Rangoon Lunatic Asylum 1893-1897 - 1893-1897
Year: 1893
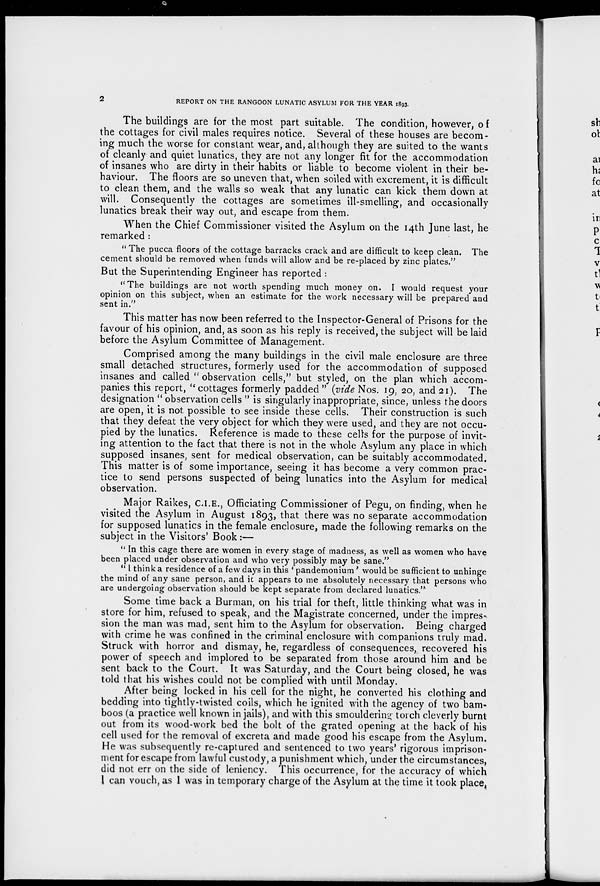
2
REPORT ON THE RANGOON LUNATIC ASYLUM FOR THE YEAR 1893.
The buildings are for the most part suitable. The condition, however, of
the cottages for civil males requires notice. Several of these houses are becom-
ing much the worse for constant wear, and, although they are suited to the wants
of cleanly and quiet lunatics, they are not any longer fit for the accommodation
of insanes who are dirty in their habits or liable to become violent in their be-
haviour. The floors are so uneven that, when soiled with excrement, it is difficult
to clean them, and the walls so weak that any lunatic can kick them down at
will. Consequently the cottages are sometimes ill-smelling, and occasionally
lunatics break their way out, and escape from them.
When the Chief Commissioner visited the Asylum on the 14th June last, he
remarked :
" The pucca floors of the cottage barracks crack and are difficult to keep clean. The
cement should be removed when funds will allow and be re-placed by zinc plates."
But the Superintending Engineer has reported :
"The buildings are not worth spending much money on. I would request your
opinion on this subject, when an estimate for the work necessary will be prepared and
sent in."
This matter has now been referred to the Inspector-General of Prisons for the
favour of his opinion, and, as soon as his reply is received, the subject will be laid
before the Asylum Committee of Management.
Comprised among the many buildings in the civil male enclosure are three
small detached structures, formerly used for the accommodation of supposed
insanes and called " observation cells," but styled, on the plan which accom-
panies this report, " cottages formerly padded" (vide Nos. 19, 20, and 21). The
designation " observation cells " is singularly inappropriate, since, unless the doors
are open, it is not possible to see inside these cells. Their construction is such
that they defeat the very object for which they were used, and they are not occu-
pied by the lunatics. Reference is made to these cells for the purpose of invit-
ing attention to the fact that there is not in the whole Asylum any place in which
supposed insanes, sent for medical observation, can be suitably accommodated.
This matter is of some importance, seeing it has become a very common prac-
tice to send persons suspected of being lunatics into the Asylum for medical
observation.
Major Raikes, C.I.E., Officiating Commissioner of Pegu, on finding, when he
visited the Asylum in August 1893, that there was no separate accommodation
for supposed lunatics in the female enclosure, made the following remarks on the
subject in the Visitors' Book:—
" In this cage there are women in every stage of madness, as well as women who have
been placed under observation and who very possibly may be sane."
" I think a residence of a few days in this ' pandemonium' would be sufficient to unhinge
the mind of any sane person, and it appears to me absolutely necessary that persons who
are undergoing observation should be kept separate from declared lunatics."
Some time back a Burman, on his trial for theft, little thinking what was in
store for him, refused to speak, and the Magistrate concerned, under the impres-
sion the man was mad, sent him to the Asylum for observation. Being charged
with crime he was confined in the criminal enclosure with companions truly mad.
Struck with horror and dismay, he, regardless of consequences, recovered his
power of speech and implored to be separated from those around him and be
sent back to the Court. It was Saturday, and the Court being closed, he was
told that his wishes could not be complied with until Monday.
After being locked in his cell for the night, he converted his clothing and
bedding into tightly-twisted coils, which he ignited with the agency of two bam-
boos (a practice well known in jails), and with this smouldering torch cleverly burnt
out from its wood-work bed the bolt of the grated opening at the back of his
cell used for the removal of excreta and made good his escape from the Asylum.
He was subsequently re-captured and sentenced to two years' rigorous imprison-
ment for escape from lawful custody, a punishment which, under the circumstances,
did not err on the side of leniency. This occurrence, for the accuracy of which
I can vouch, as 1 was in temporary charge of the Asylum at the time it took place.